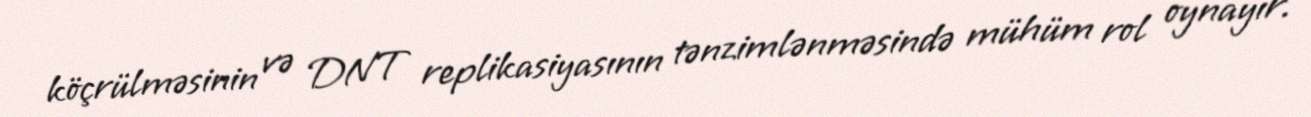
köçrülməsinin və DNT replikasiyasının tənzimlənməsində mühüm rol oynayır.